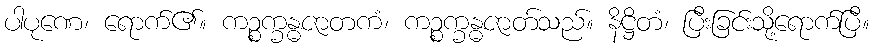
ပါပုဏေ၊ ရောက်၏။ ကဉ္စက္ခန္ဓဇာတကံ၊ ကဉ္စက္ခန္ဓဇာတ်သည်။ နိဋ္ဌိတံ၊ ပြီးခြင်းသို့ရောက်ပြီ။